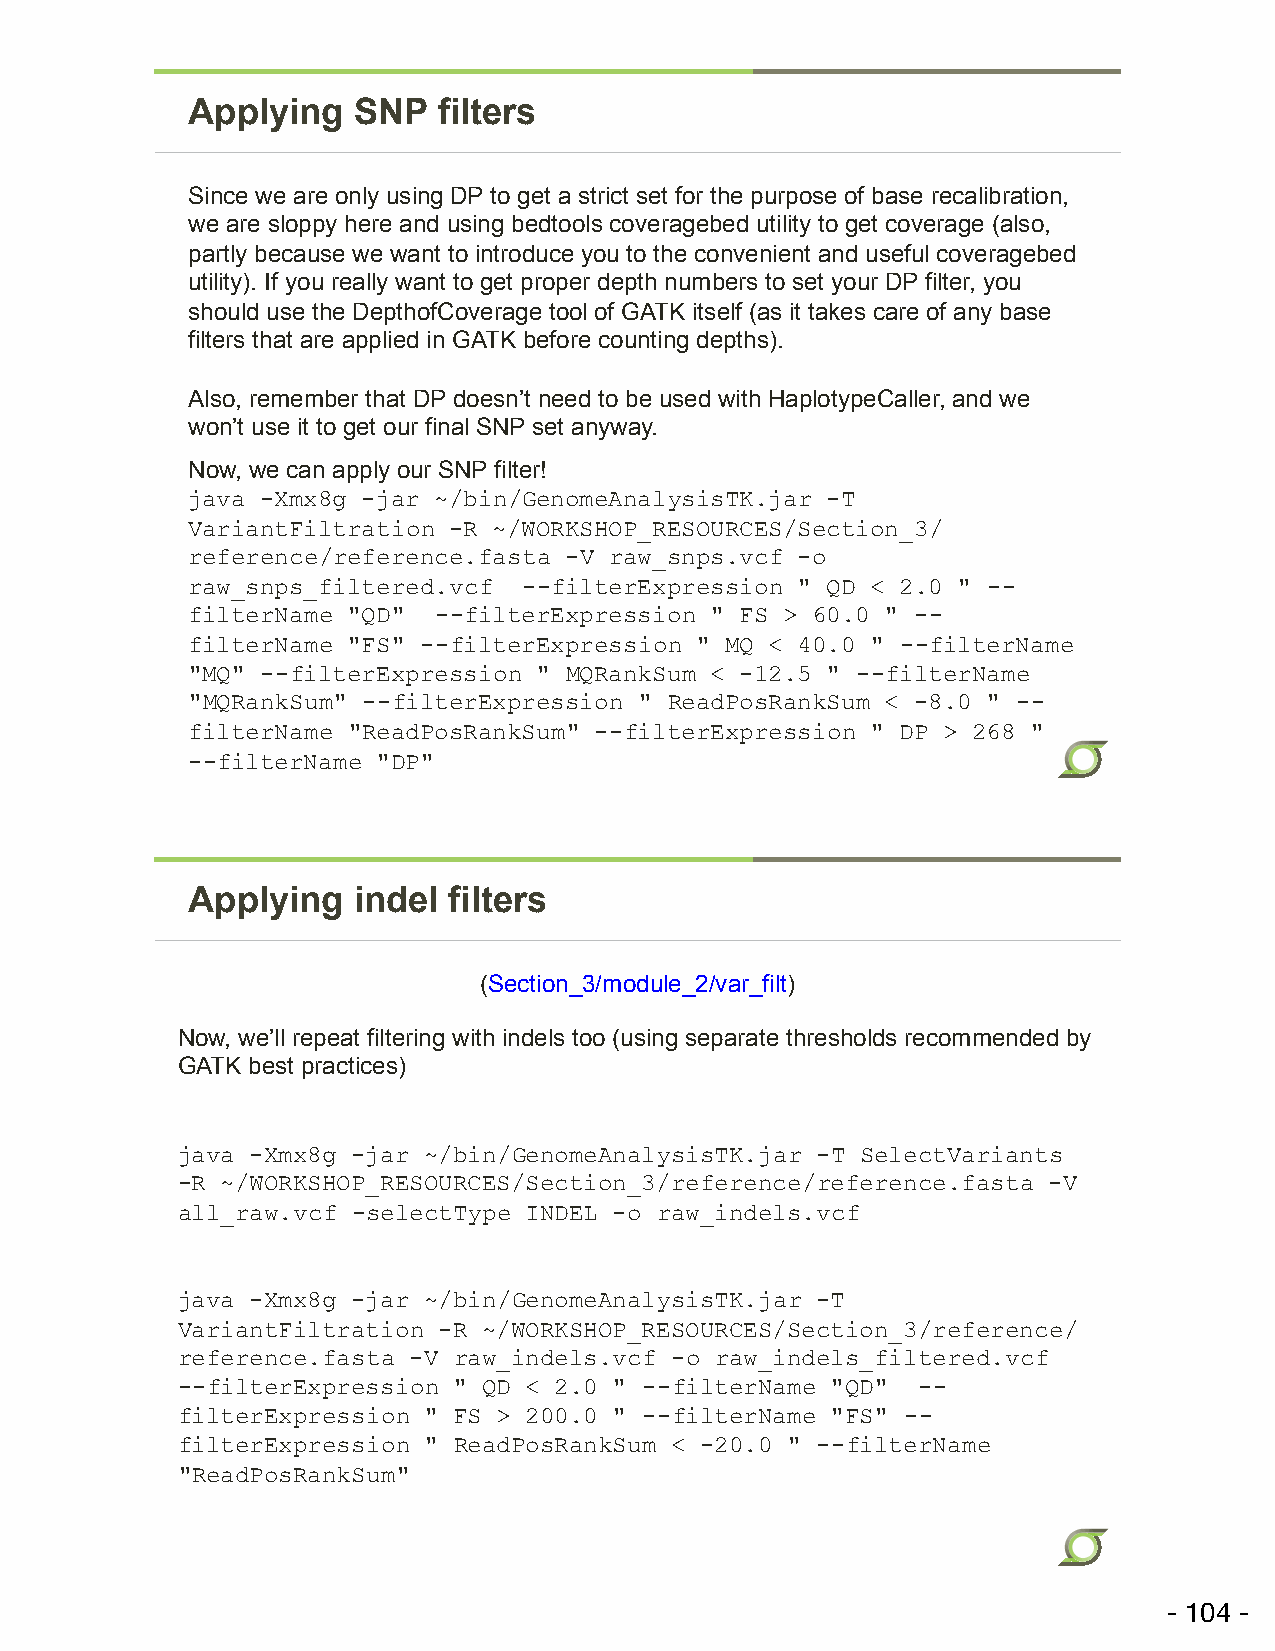
Applying   SNP   filters
 Since we are only using DP to get a strict set for the purpose of base recalibration,
 we are sloppy here and using bedtools coveragebed utility to get coverage (also,
 partly because we want to introduce you to the convenient and useful coveragebed
 utility). If you really want to get proper depth numbers to set your DP filter, you
 should use the DepthofCoverage tool of GATK itself (as it takes care of any base
 filters that are applied in GATK before counting depths).
 Also, remember that DP doesn’t need to be used with HaplotypeCaller, and we
 won’t use it to get our final SNP set anyway.
 Now, we can apply our SNP filter!
 java -Xmx8g -jar ~/bin/GenomeAnalysisTK.jar -T
 VariantFiltration -R ~/WORKSHOP_RESOURCES/Section_3/
 reference/reference.fasta -V raw_snps.vcf -o
 raw_snps_filtered.vcf  --filterExpression " QD < 2.0 " --
 filterName "QD"  --filterExpression " FS > 60.0 " --
 filterName "FS" --filterExpression " MQ < 40.0 " --filterName
 "MQ" --filterExpression " MQRankSum < -12.5 " --filterName
 "MQRankSum" --filterExpression " ReadPosRankSum < -8.0 " --
 filterName "ReadPosRankSum" --filterExpression " DP > 268 "
 --filterName "DP"
 Applying   indel  filters
 (Section_3/module_2/var_filt)
 Now, we’ll repeat filtering with indels too (using separate thresholds recommended by
 GATK best practices)
 java -Xmx8g -jar ~/bin/GenomeAnalysisTK.jar -T SelectVariants
 -R ~/WORKSHOP_RESOURCES/Section_3/reference/reference.fasta -V
 all_raw.vcf -selectType INDEL -o raw_indels.vcf
 java -Xmx8g -jar ~/bin/GenomeAnalysisTK.jar -T
 VariantFiltration -R ~/WORKSHOP_RESOURCES/Section_3/reference/
 reference.fasta -V raw_indels.vcf -o raw_indels_filtered.vcf
 --filterExpression " QD < 2.0 " --filterName "QD" --
 filterExpression " FS > 200.0 " --filterName "FS" --
 filterExpression " ReadPosRankSum < -20.0 " --filterName
 "ReadPosRankSum"